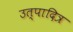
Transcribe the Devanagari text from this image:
उत्पादित्र